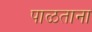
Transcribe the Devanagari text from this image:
पाळताना